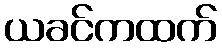
ယခင်ကထက်